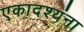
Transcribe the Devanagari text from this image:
एकादश्यंना